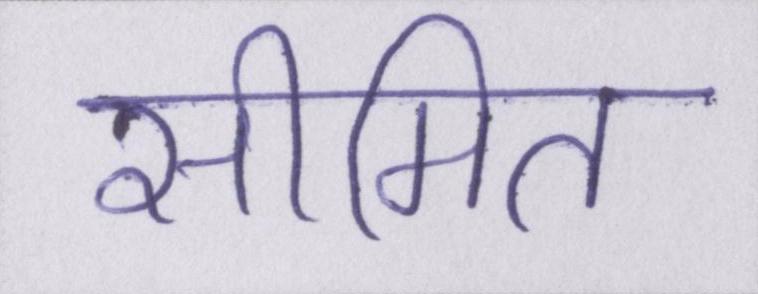
सीमित